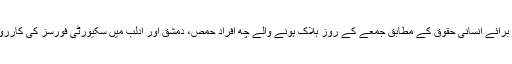
شام کی قومی تنظیم برائے انسانی حقوق کے مطابق جمعے کے روز ہلاک ہونے والے چھ افراد حمص، دمشق اور ادلب میں سکیورٹی فورسز کی کارروائیوں کا نشانہ بنے۔